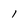
Character: l